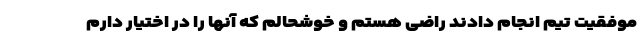
موفقیت تیم انجام دادند راضی هستم و خوشحالم که آنها را در اختیار دارم